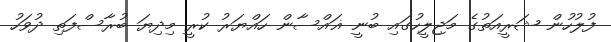
ފުލުހުން ޝަރީއަތުގެ މަޖިލީހުގައި ބުނީ ޣައްސާން ހައްޔަރު ކުރީ މިދިޔަ ބުރާސްފަތި ދުވަހު